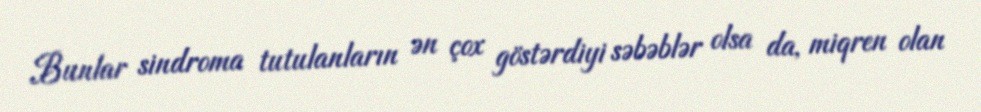
Bunlar sindroma tutulanların ən çox göstərdiyi səbəblər olsa da, miqren olan